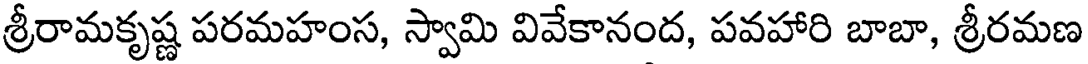
శ్రీరామకృష్ణ పరమహంస, స్వామి వివేకానంద, పవహారి బాబా, శ్రీరమణ